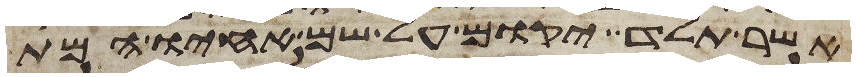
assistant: אשר תלד יקום על שם אחיו המת